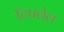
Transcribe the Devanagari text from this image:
टिपलेल